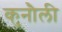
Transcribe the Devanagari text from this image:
कुनौली